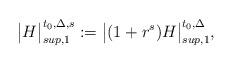
LaTeX: \begin{align*}{\big |}H{\big |}^{t_0,\Delta,s}_{sup,1}:={\big |}(1+r^s)H{\big |}^{t_0,\Delta}_{sup,1},\end{align*}